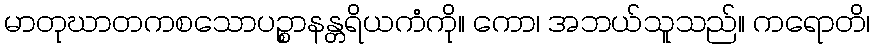
မာတုဃာတကစသောပဉ္စာနန္တရိယကံကို။ ကော၊ အဘယ်သူသည်။ ကရောတိ၊